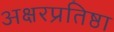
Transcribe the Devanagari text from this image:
अक्षरप्रतिष्ठा